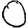
Digit: 0